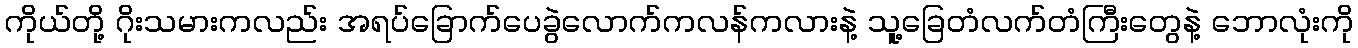
ကိုယ်တို့ ဂိုးသမားကလည်း အရပ်ခြောက်ပေခွဲလောက်ကလန်ကလားနဲ့ သူ့ခြေတံလက်တံကြီးတွေနဲ့ ဘောလုံးကို